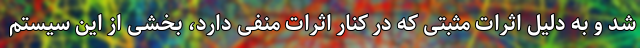
شد و به دلیل اثرات مثبتی که در کنار اثرات منفی دارد، بخشی از این سیستم